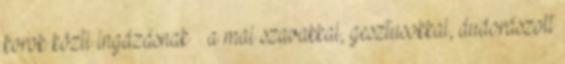
korok közti ingázásnak – a mai szavakkal, gesztusokkal, dudorászott